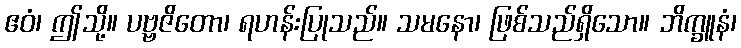
ဧဝံ၊ ဤသို့။ ပဗ္ဗဇိတော၊ ရဟန်းပြုသည်။ သမနော၊ ဖြစ်သည်ရှိသော။ ဘိက္ခူနံ၊